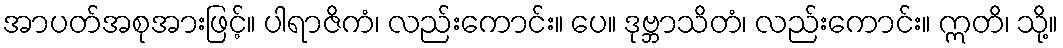
အာပတ်အစုအားဖြင့်။ ပါရာဇိကံ၊ လည်းကောင်း။ ပေ။ ဒုဗ္ဘာသိတံ၊ လည်းကောင်း။ ဣတိ၊ သို့။